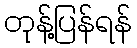
တုန့်ပြန်ရန်